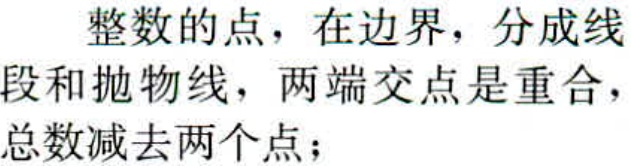
整数的点，在边界，分成线段和抛物线，两端交点是重合，总数减去两个点；